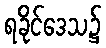
ရခိုင်ဒေသ၌